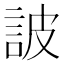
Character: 詖